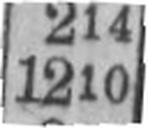
1210